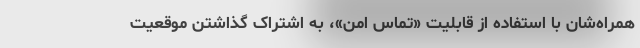
همراه‌شان با استفاده از قابلیت «تماس امن»، به اشتراک گذاشتن موقعیت